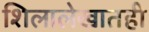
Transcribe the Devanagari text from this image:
शिलालेखातही